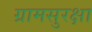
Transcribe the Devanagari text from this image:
ग्रामसुरक्षा